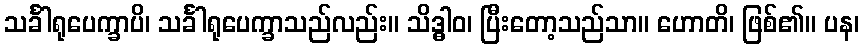
သင်္ခါရုပေက္ခာပိ၊ သင်္ခါရုပေက္ခာသည်လည်း။ သိဒ္ဓါဝ၊ ပြီးတော့သည်သာ။ ဟောတိ၊ ဖြစ်၏။ ပန၊